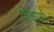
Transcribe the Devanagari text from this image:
शिक्षाऑ